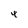
Character: 4